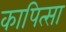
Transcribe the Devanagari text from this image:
कापित्सा